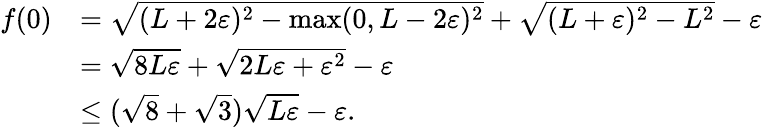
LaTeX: \begin{array}{rl}{f(0)}&{=\sqrt{(L+2\varepsilon)^{2}-\operatorname*{max}(0,L-2\varepsilon)^{2}}+\sqrt{(L+\varepsilon)^{2}-L^{2}}-\varepsilon}\\ &{=\sqrt{8L\varepsilon}+\sqrt{2L\varepsilon+\varepsilon^{2}}-\varepsilon}\\ &{\leq(\sqrt{8}+\sqrt{3})\sqrt{L\varepsilon}-\varepsilon.}\end{array}